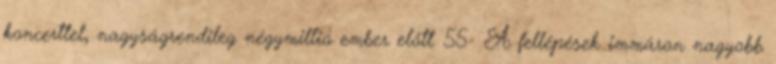
koncerttel, nagyságrendileg négymillió ember előtt. 55 A fellépések immáron nagyobb